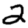
Digit: 2